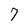
Character: 7